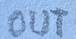
Text: OUT